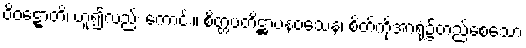
ဝိဝဋ္ဋောတိ၊ ဟူ၍လည်း ကောင်း။ စိတ္တပတိဋ္ဌာပနဝသေန၊ စိတ်ကိုအာရုံ၌တည်စေသော